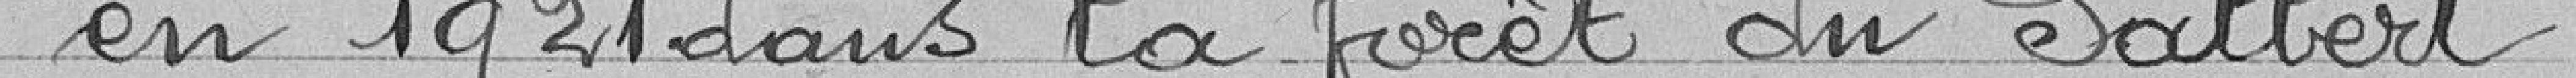
en 1921 dans la forêt du Salbert